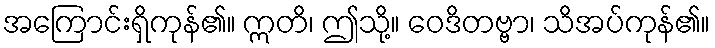
အကြောင်းရှိကုန်၏။ ဣတိ၊ ဤသို့။ ဝေဒိတဗ္ဗာ၊ သိအပ်ကုန်၏။